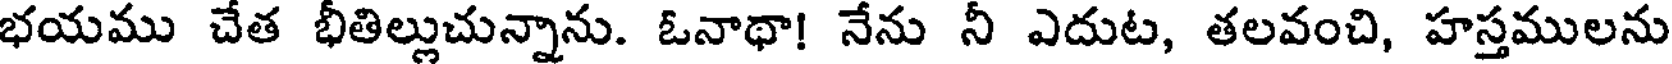
భయము చేత భీతిల్లుచున్నాను. ఓనాథా! నేను నీ ఎదుట, తలవంచి, హస్తములను